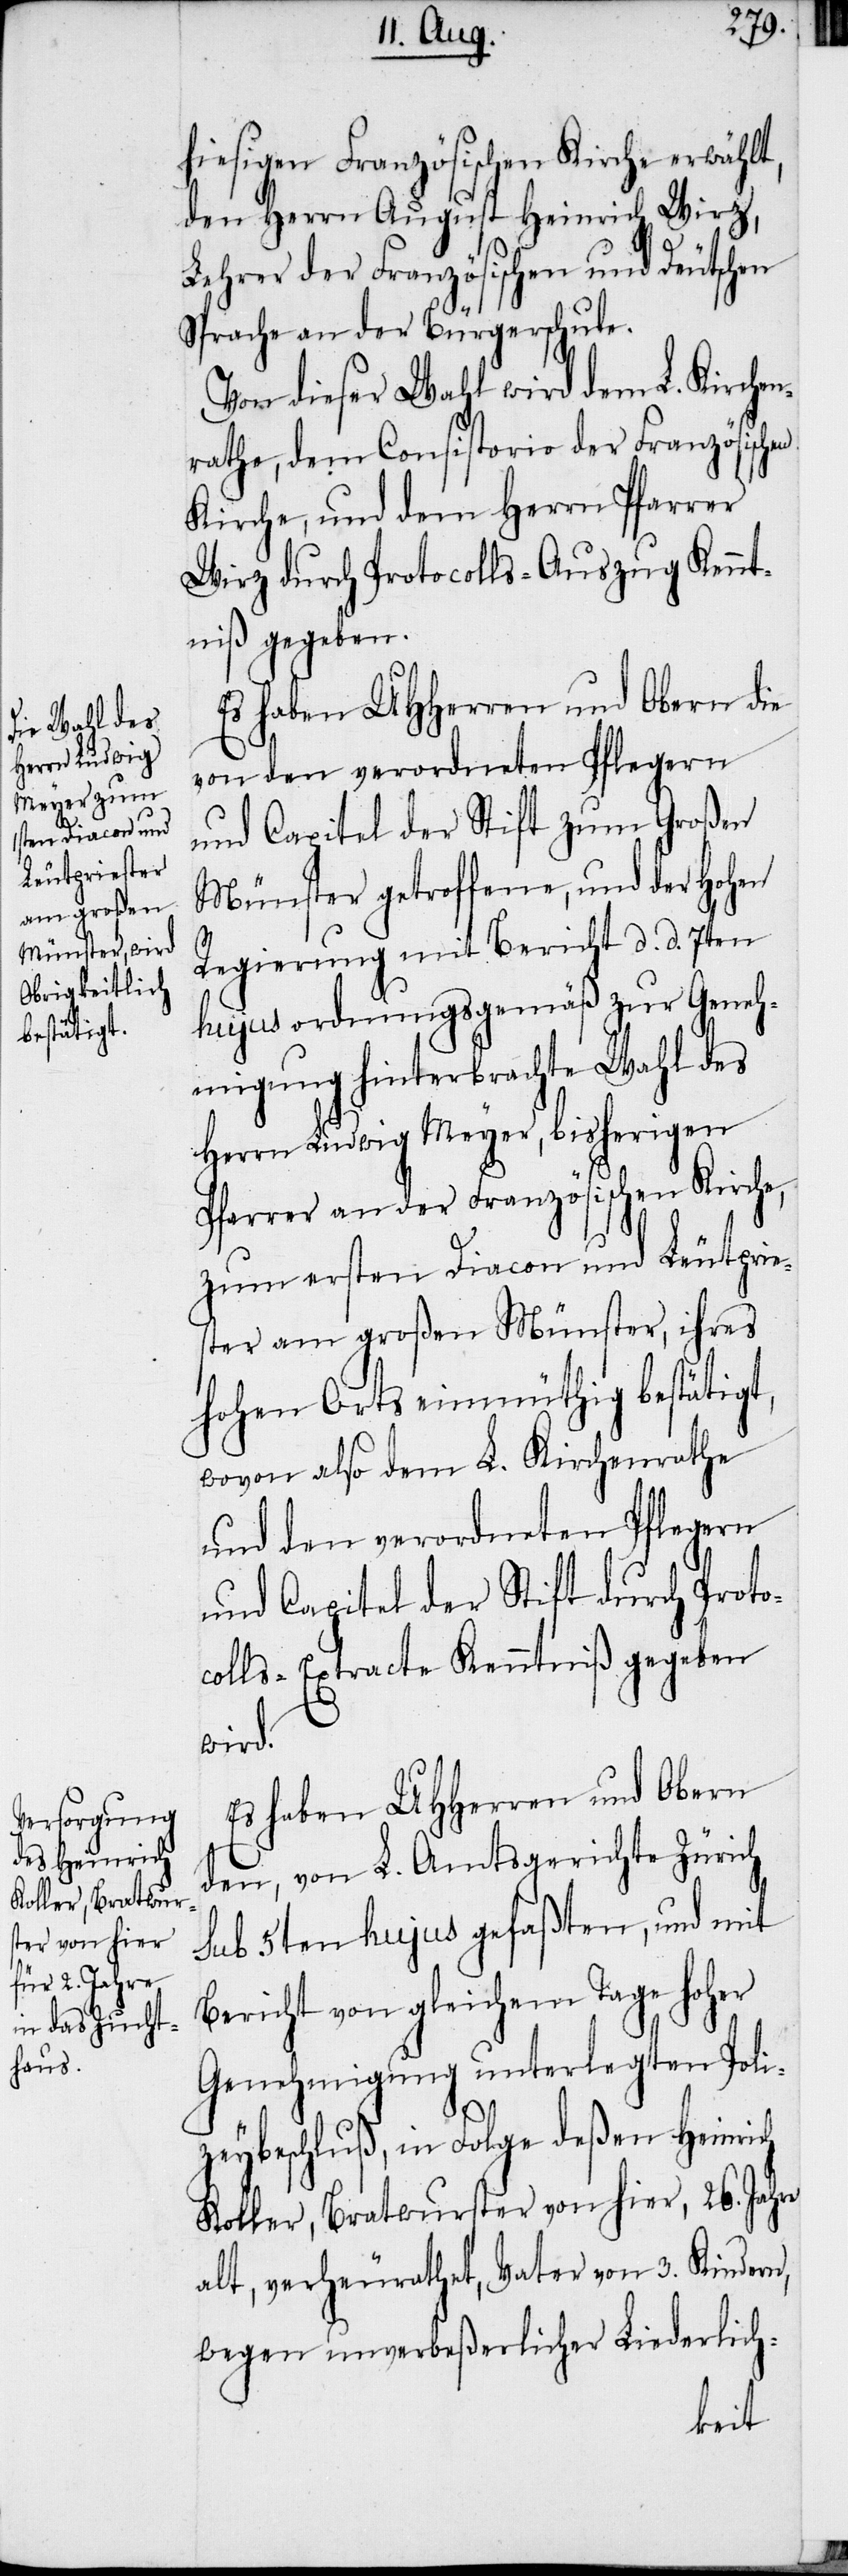
hiesigen Französischen Kirche erwählt,
den Herrn August Heinrich Wirz,
Lehrer der Französischen und Deutschen
Sprache an der Bürgerschule.
Von dieser Wahl wird dem L. Kirchen¬
rathe, dem Consistorio der Französischen
Kirche, und dem Herrn Pfarrer
Wirz durch Protocolls-Auszug Kennt¬
niß gegeben.
Es haben UHHerren und Obern die
von den verordneten Pflegern
und Capitel der Stift zum Großen
Münster getroffene, und der Hohen
Regierung mit Bericht d. d. 7ten
hujus ordnungsgemäß zur Geneh¬
migung hinterbrachte Wahl des
Herrn Ludwig Meyer, bisherigen
Pfarrer an der Französischen Kirche,
zum ersten Diacon und Leutpries¬
ter am großen Münster, ihres
hohen Orts einmüthig bestätigt,
wovon also dem L. Kirchenrathe
und den verordneten Pflegern
und Capitel der Stift durch Proto¬
colls-Extracte Kenntniß gegeben
wird.
Es haben UHHerren und Obern
den, von L. Amtsgerichte Zürich
sub 5ten hujus gefaßten, und mit
Bericht von gleichem Tage hoher
Genehmigung unterlegten Poli¬
zeybeschluß, in Folge deßen Heinrich
Koller, Bratwurster von hier, 26. Jahre
alt, verheurathet, Vater von 3. Kindern,
wegen unverbeßerlicher Liederlich-